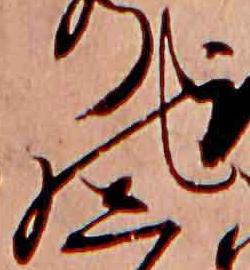
の